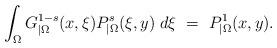
LaTeX: \begin{align*}\int_{\Omega} G^{1-s}_{|\Omega}(x,\xi)P^s_{|\Omega}(\xi,y)\;d\xi\ =\ P_{|\Omega}^1(x,y).\end{align*}